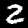
Label: 2